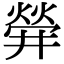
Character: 𤌌